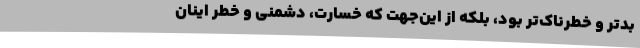
بدتر و خطرناک‌تر بود، بلکه از این‌جهت که خسارت، دشمنی و خطر اینان